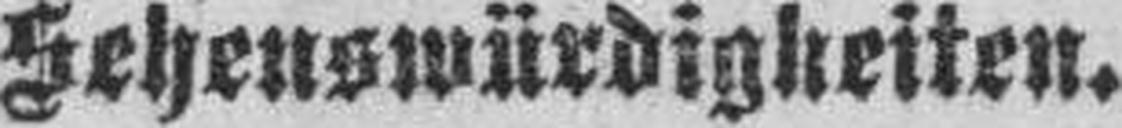
Sehenswürdigkeiten.